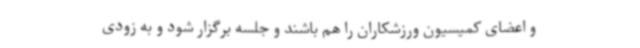
و اعضای کمیسیون ورزشکاران را هم باشند و جلسه برگزار شود و به زودی